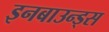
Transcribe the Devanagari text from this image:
इनबाउन्ड्स